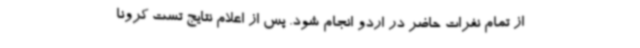
از تمام نفرات حاضر در اردو انجام شود. پس از اعلام نتایج تست کرونا